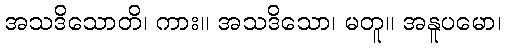
အသဒိသောတိ၊ ကား။ အသဒိသော၊ မတူ။ အနူပမော၊